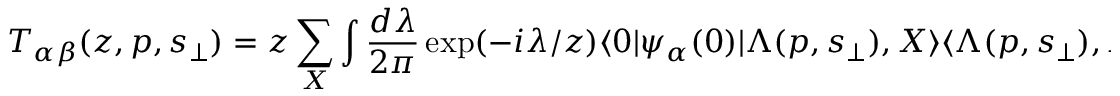
T _ { \alpha \beta } ( z , p , s _ { \perp } ) = z \sum _ { X } \int \frac { d \lambda } { 2 \pi } \exp ( - i \lambda / z ) \langle 0 | \psi _ { \alpha } ( 0 ) | \Lambda ( p , s _ { \perp } ) , X \rangle \langle \Lambda ( p , s _ { \perp } ) , X | \bar { \psi } _ { \beta } ( \lambda n ) | 0 \rangle ,